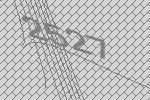
2527